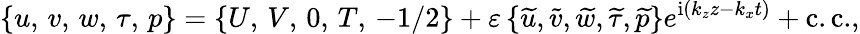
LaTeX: \left\lbrace u,\, v,\, w,\, \tau,\, p\right\rbrace=\left\lbrace U,\, V,\, 0,\, T,\, -1/2\right\rbrace+\varepsilon\left\lbrace\widetilde u,\widetilde v,\widetilde w,\widetilde\tau,\widetilde p\right\rbrace e^{\mathrm{i}\left(k_{z}z-k_{x}t\right)}+\mathrm{c.c.},